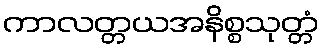
ကာလတ္တယအနိစ္စသုတ္တံ